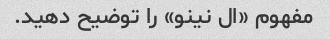
مفهوم «ال نینو» را توضیح دهید.